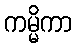
ကမ္မိကာ